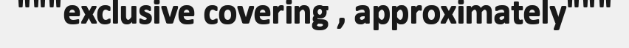
"""exclusive covering , approximately"""